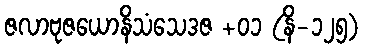
ဇလာဗုဇယောနိသံသေဒဇ +၀၁ (နိ-၁၂၅)